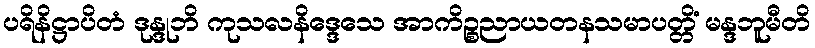
ပရိနိဋ္ဌာပိတံ ဒုန္ဒုဘိ ကုသလနိဒ္ဒေသေ အာကိဉ္စညာယတနသမာပတ္တိံ မန္ဒဘူမီတိ